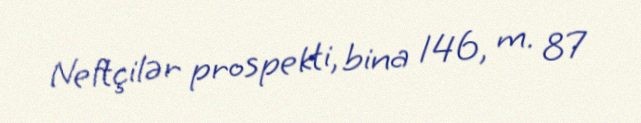
Neftçilər prospekti, bina 146, m. 87